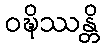
ဝဍ္ဎိဿန္တိ